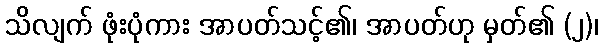
သိလျက် ဖုံးပုံကား အာပတ်သင့်၏၊ အာပတ်ဟု မှတ်၏ (၂)၊